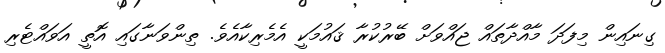
ގިނައިން މިފަދަ މާއްދާތައް ޖައްވަށް ބޭރުކުރާ ޤައުމަކީ އެމެރިކާއެވެ. ތިންވަނާގައި އޮތީ އަވައްޓެރި